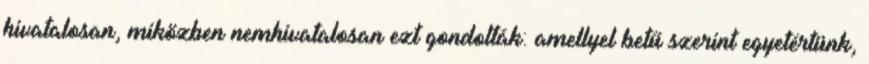
hivata­lo­san, miközben nemhivatalosan ezt gondol­ták: amellyel betű szerint egyetértünk,